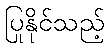
ပြုနိုင်သည့်